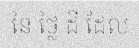
នៃ ថ្លៃ ដី ដែល